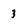
Character: 3